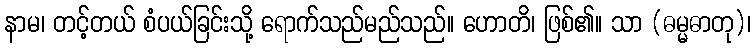
နာမ၊ တင့်တယ် စံပယ်ခြင်းသို့ ရောက်သည်မည်သည်။ ဟောတိ၊ ဖြစ်၏။ သာ (ဓမ္မဓာတု)၊